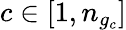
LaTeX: c\in[1,n_{g_{c}}]